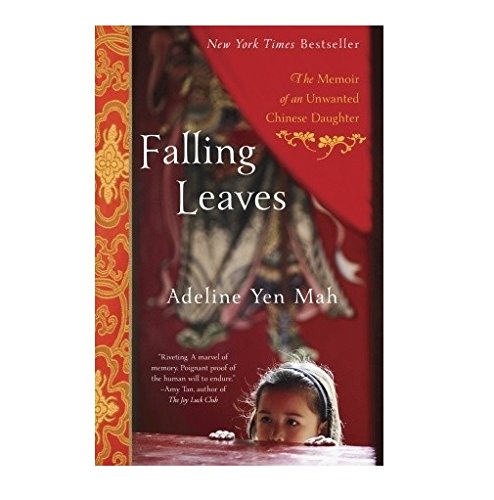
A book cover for Falling Leaves: The Memoir of an Unwanted Chinese Daughter; Adeline Yen Mah; Biographies & Memoirs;